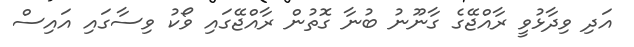
އަދި ވިދާޅުވީ ރާއްޖޭގެ ގާނޫނު ބުނާ ގޮތުން ރާއްޖޭގައި ވޯކު ވިސާގައި އައިސް